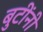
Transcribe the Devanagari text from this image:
बुटींनी